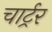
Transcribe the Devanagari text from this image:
चार्ट्रर